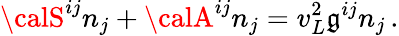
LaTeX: {\calS}^{ij}n_{j}+{\calA}^{ij}n_{j}=v_{L}^{2}\mathfrak{g}^{ij}n_{j}\, .